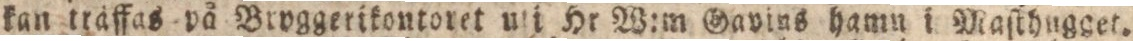
kan träffas på Broggerikontoret uli Hr W:m Gavius hamn i Maſthugget.